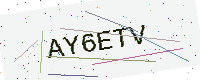
Text: AY6ETV